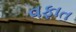
વફાત